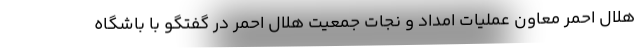
هلال احمر معاون عملیات امداد و نجات جمعیت هلال احمر در گفتگو با باشگاه